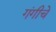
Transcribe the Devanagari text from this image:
गंगीचे